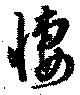
悽